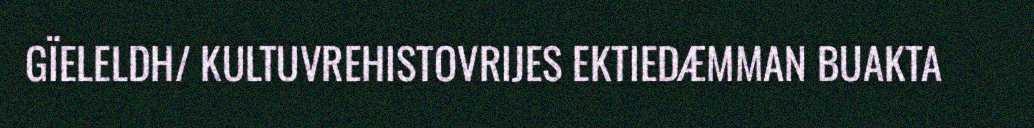
GÏELELDH/ KULTUVREHISTOVRIJES EKTIEDÆMMAN BUAKTA